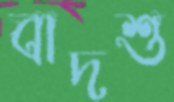
বাদশু